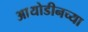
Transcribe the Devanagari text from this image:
आयोडीनच्या